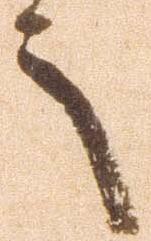
言